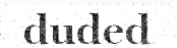
duded